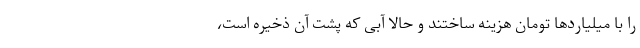
را با میلیاردها تومان هزینه ساختند و حالا آبی که پشت آن ذخیره است،